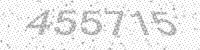
Solution: 455715